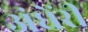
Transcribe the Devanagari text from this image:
अंधेंरी